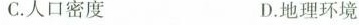
C.人口密度 D.地理环境